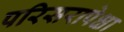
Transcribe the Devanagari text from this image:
परिसरापेक्षा